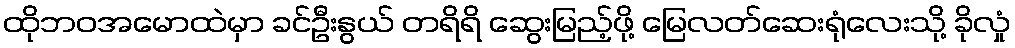
ထိုဘဝအမောထဲမှာ ခင်ဦးနွယ် တရိရိ ဆွေးမြည့်ဖို့ မြေလတ်ဆေးရုံလေးသို့ ခိုလှုံ